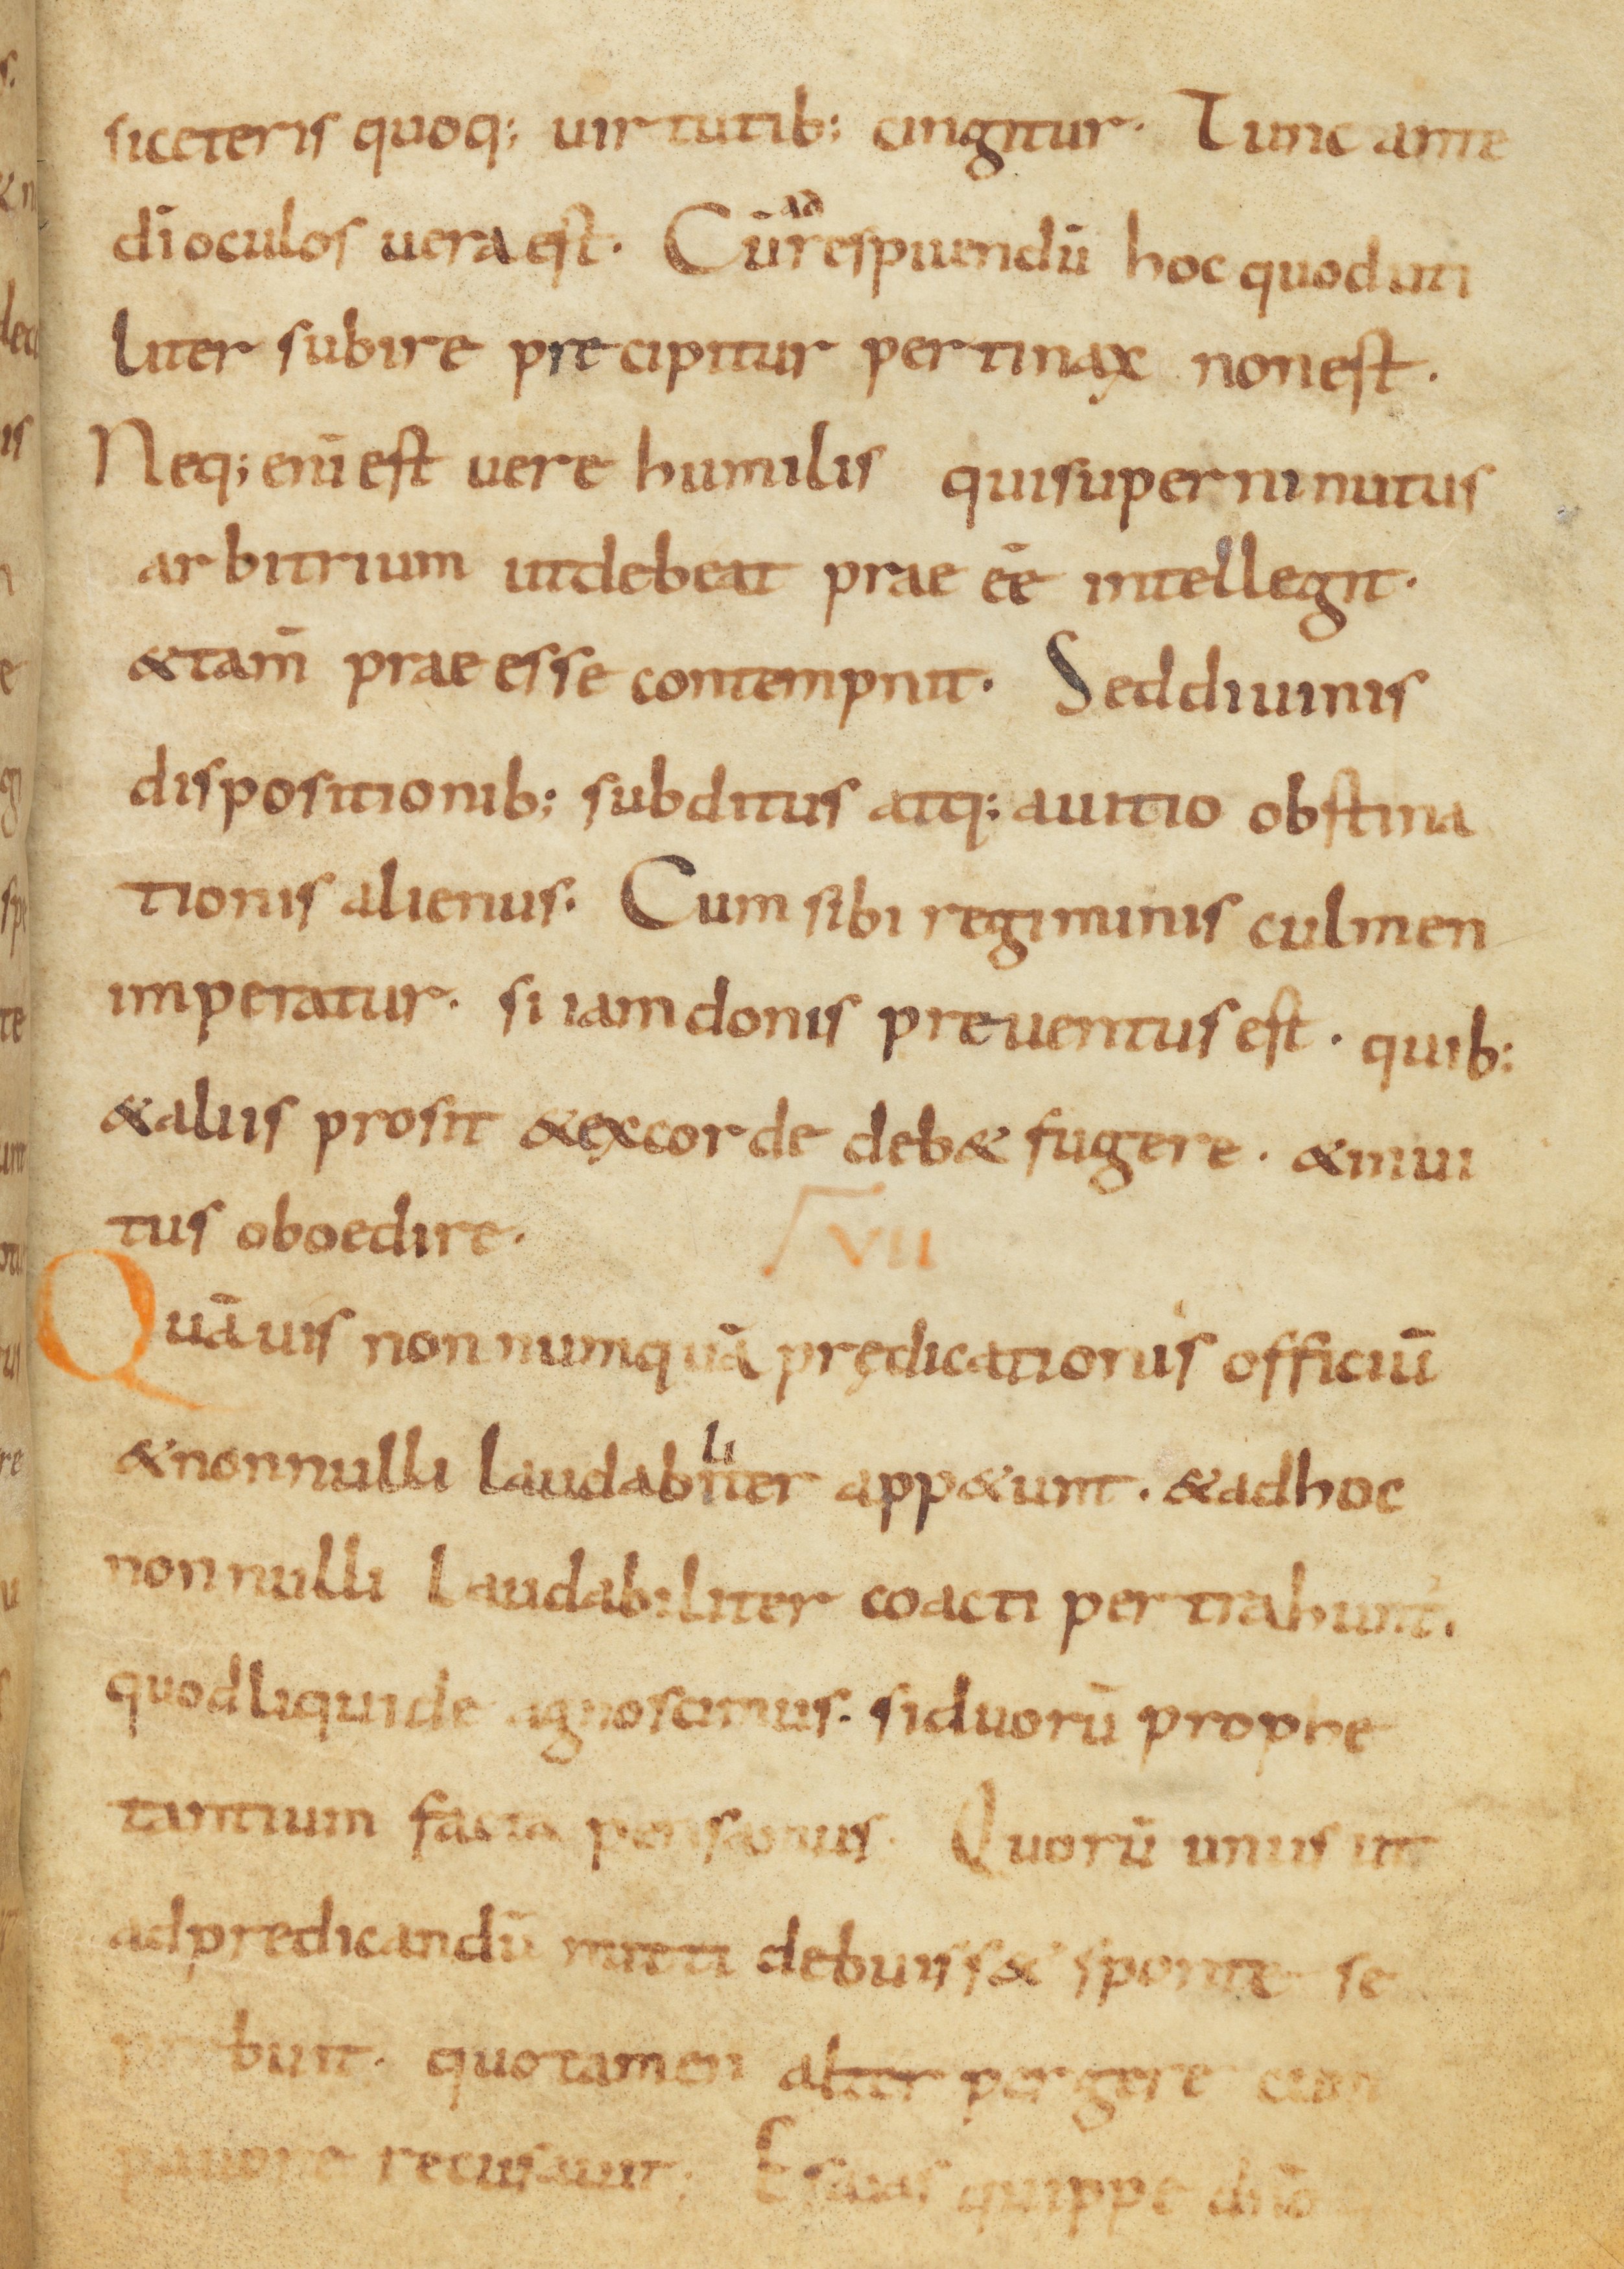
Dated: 900–999